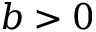
b > 0